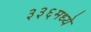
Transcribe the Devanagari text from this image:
३३६मध्ये